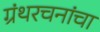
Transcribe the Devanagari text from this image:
ग्रंथरचनांचा